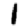
Digit: 1